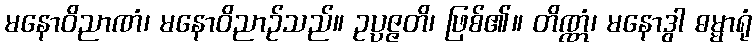
မနောဝိညာဏံ၊ မနောဝိညာဉ်သည်။ ဥပ္ပဇ္ဇတိ၊ ဖြစ်၏။ တိဏ္ဏံ၊ မနောဒွါ ဓမ္မာရုံ